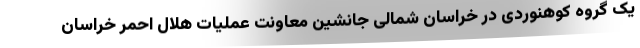
یک گروه کوهنوردی در خراسان شمالی جانشین معاونت عملیات هلال احمر خراسان